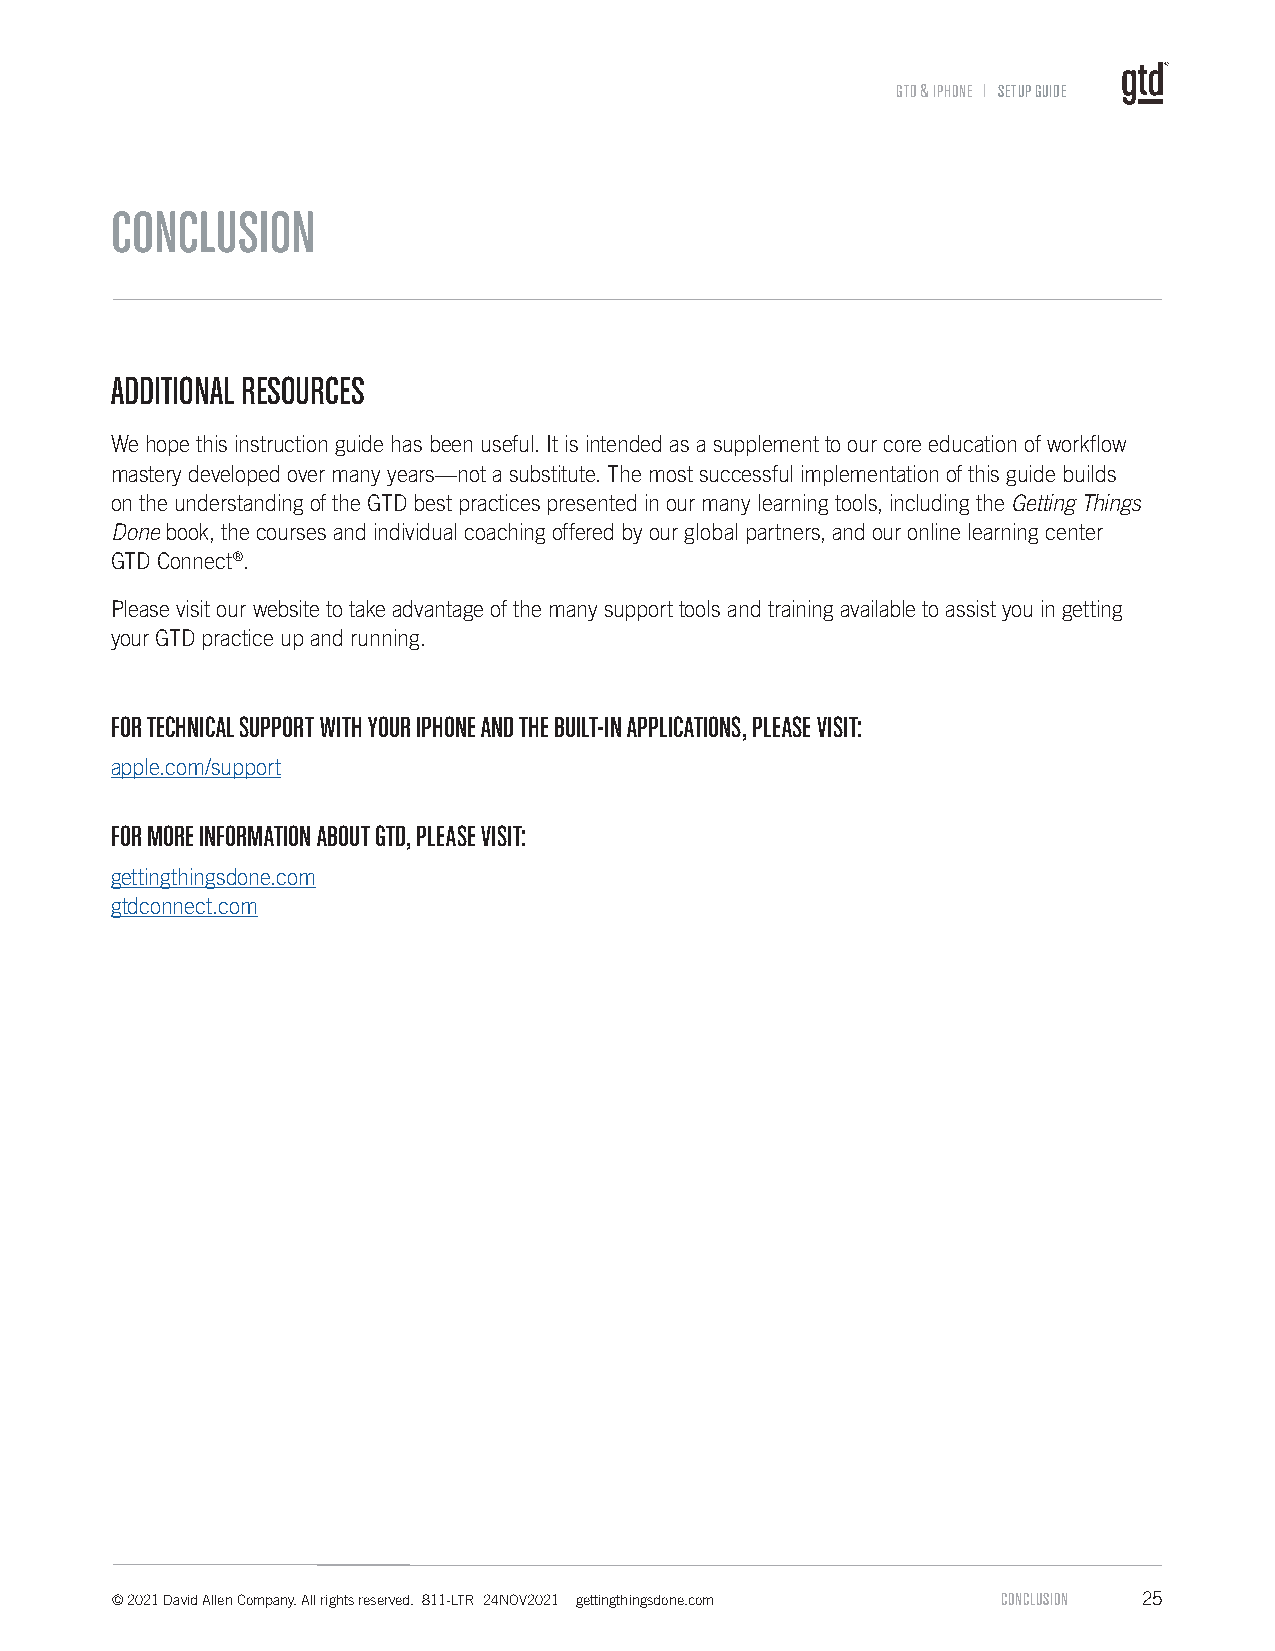
GTD & IPHONE l SETUP GUIDE
 CONCLUSION
 ADDITIONAL RESOURCES
 We hope this instruction guide has been useful. It is intended as a supplement to our core education of workflow
 mastery developed over many years—not a substitute. The most successful implementation of this guide builds
 on the understanding of the GTD best practices presented in our many learning tools, including the Getting Things
 Done book, the courses and individual coaching offered by our global partners, and our online learning center
 GTD Connect®.
 Please visit our website to take advantage of the many support tools and training available to assist you in getting
 your GTD practice up and running.
 FOR TECHNICAL SUPPORT WITH YOUR IPHONE AND THE BUILT-IN APPLICATIONS, PLEASE VISIT:
 apple.com/support
 FOR MORE INFORMATION ABOUT GTD, PLEASE VISIT:
 gettingthingsdone.com
 gtdconnect.com
 © 2021 David Allen Company. All rights reserved. 811-LTR 24NOV2021 gettingthingsdone.com CONCLUSION 25